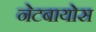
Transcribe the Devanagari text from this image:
नेटबायोस